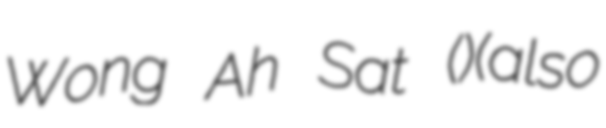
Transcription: Wong Ah Sat (黃實)(also